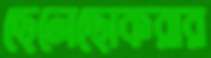
ছেলেছোকরার